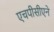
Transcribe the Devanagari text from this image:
एचपीसीएने